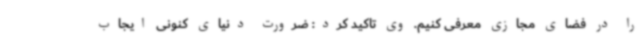
را در فضای مجازی معرفی کنیم. وی تاکید کرد: ضرورت دنیای کنونی ایجاب